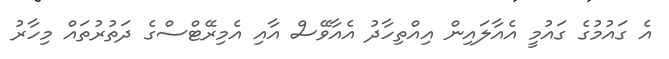
އެ ގައުމުގެ ގައުމީ އެއާލައިން އިއްތިހާދު އެއާވޭސް އާއި އެމިރޭޓްސްގެ ދަތުރުތައް މިހާރު